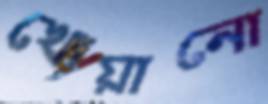
খোয়ানো